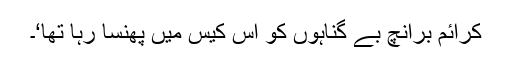
کرائم برانچ بے گناہوں کو اس کیس میں پھنسا رہا تھا‘۔